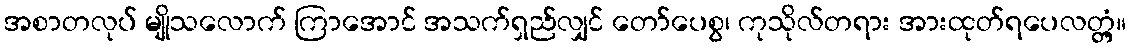
အစာတလုပ် မျိုသလောက် ကြာအောင် အသက်ရှည်လျှင် တော်ပေစွ၊ ကုသိုလ်တရား အားထုတ်ရပေလတ္တံ့။